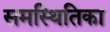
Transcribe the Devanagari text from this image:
समस्थितिका